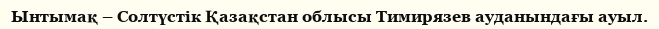
Ынтымақ – Солтүстік Қазақстан облысы Тимирязев ауданындағы ауыл.